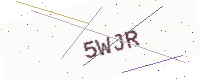
Text: 5WJR